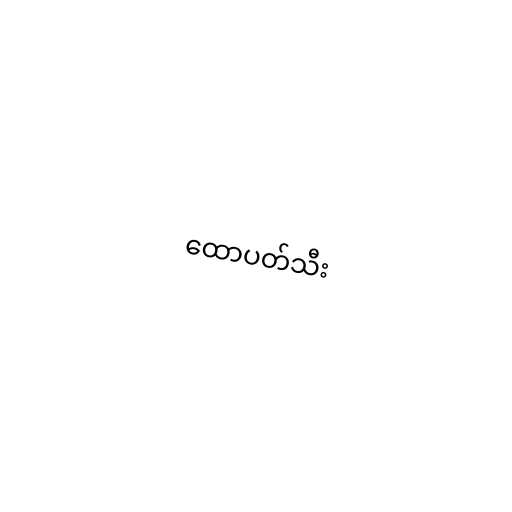
ထောပတ်သီး